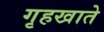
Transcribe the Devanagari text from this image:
गृहखाते